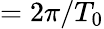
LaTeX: =2\pi/T_{0}